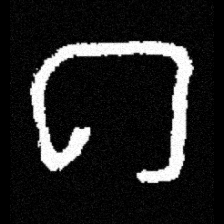
Pyu character \u2014 Myanmar letter: ဂ (romanized: ga)